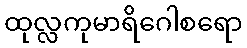
ထုလ္လကုမာရိဂေါစရော